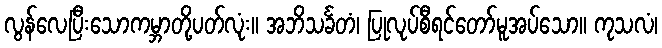
လွန်လေပြီးသောကမ္ဘာတို့ပတ်လုံး။ အဘိသင်္ခတံ၊ ပြုလုပ်စီရင်တော်မူအပ်သော။ ကုသလံ၊